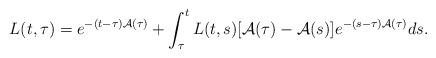
LaTeX: \begin{align*}L(t,\tau) = e^{-(t-\tau)\mathcal{A}(\tau)} + \int_{\tau}^{t}L(t,s)[\mathcal{A}(\tau) -\mathcal{A}(s)]e^{-(s-\tau)\mathcal{A}(\tau)}ds.\end{align*}